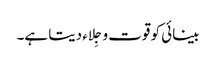
بینائی کو قوت و جِلاء دیتا ہے۔